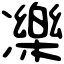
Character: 𠘙